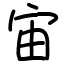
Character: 宙